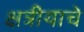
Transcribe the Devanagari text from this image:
क्षत्रीयाचे